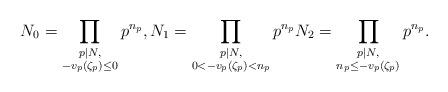
LaTeX: \begin{align*}N_0 = \prod_{\substack{p\mid N,\\ -v_{p}(\zeta_{p})\leq 0}} p^{n_{p}}, N_1 = \prod_{\substack{p\mid N,\\ 0<-v_{p}(\zeta_{p})<n_{p}}} p^{n_{p}} N_2= \prod_{\substack{p\mid N,\\ n_{p}\leq -v_{p}(\zeta_{p})}} p^{n_{p}}. \end{align*}